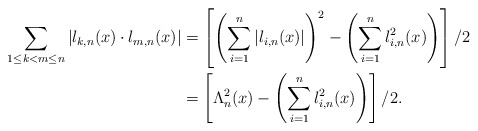
\begin{align*}\sum_{1\leq k<m\leq n}{\left|l_{k,n}(x)\cdot l_{m,n}(x)\right|}&=\left[\left(\sum^{n}_{i=1}{\left|l_{i,n}(x)\right|}\right)^2-\left(\sum^{n}_{i=1}{l^2_{i,n}(x)}\right)\right]/2\\&=\left[\Lambda^2_n(x)-\left(\sum^{n}_{i=1}{l^2_{i,n}(x)}\right)\right]/2.\end{align*}